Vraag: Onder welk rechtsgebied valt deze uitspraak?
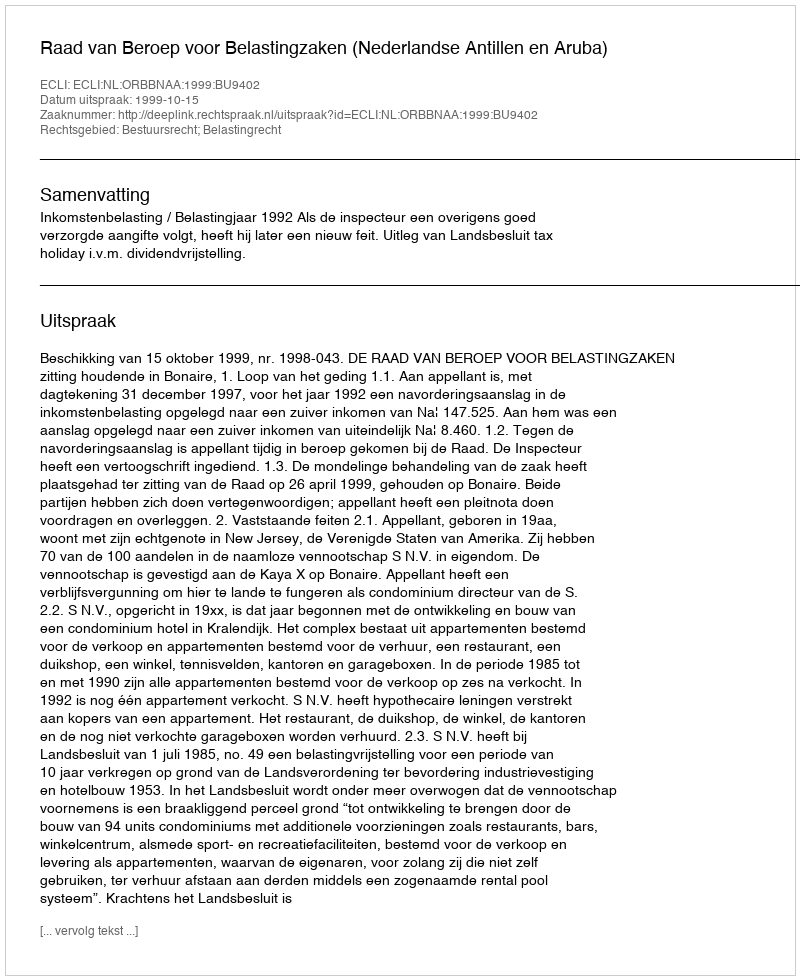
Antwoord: Bestuursrecht; Belastingrecht